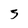
Character: 3